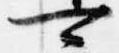
可